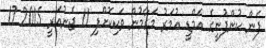
ފެން ކުންފުނީގެ އެމްޑީ އުމަރު މަގާމުން ވަކިކޮށްފި 11 ޖެނުއަރީ 2015 17